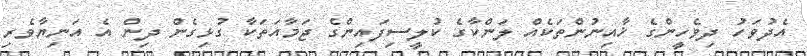
އެދުވަހު ދިވެހީންގެ ޚާއިނުންތަކެއް ލަންކާގެ ކުލީސިފައިންގެ ޖަމާއަތަކާ ގުޅިގެން ދިން އެ އަނިޔާވެރި